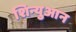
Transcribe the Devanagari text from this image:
शिन्युआन